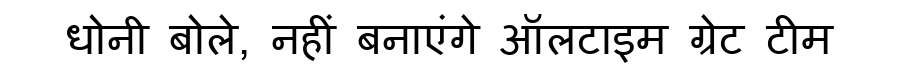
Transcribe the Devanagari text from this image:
धोनी बोले, नहीं बनाएंगे ऑलटाइम ग्रेट टीम